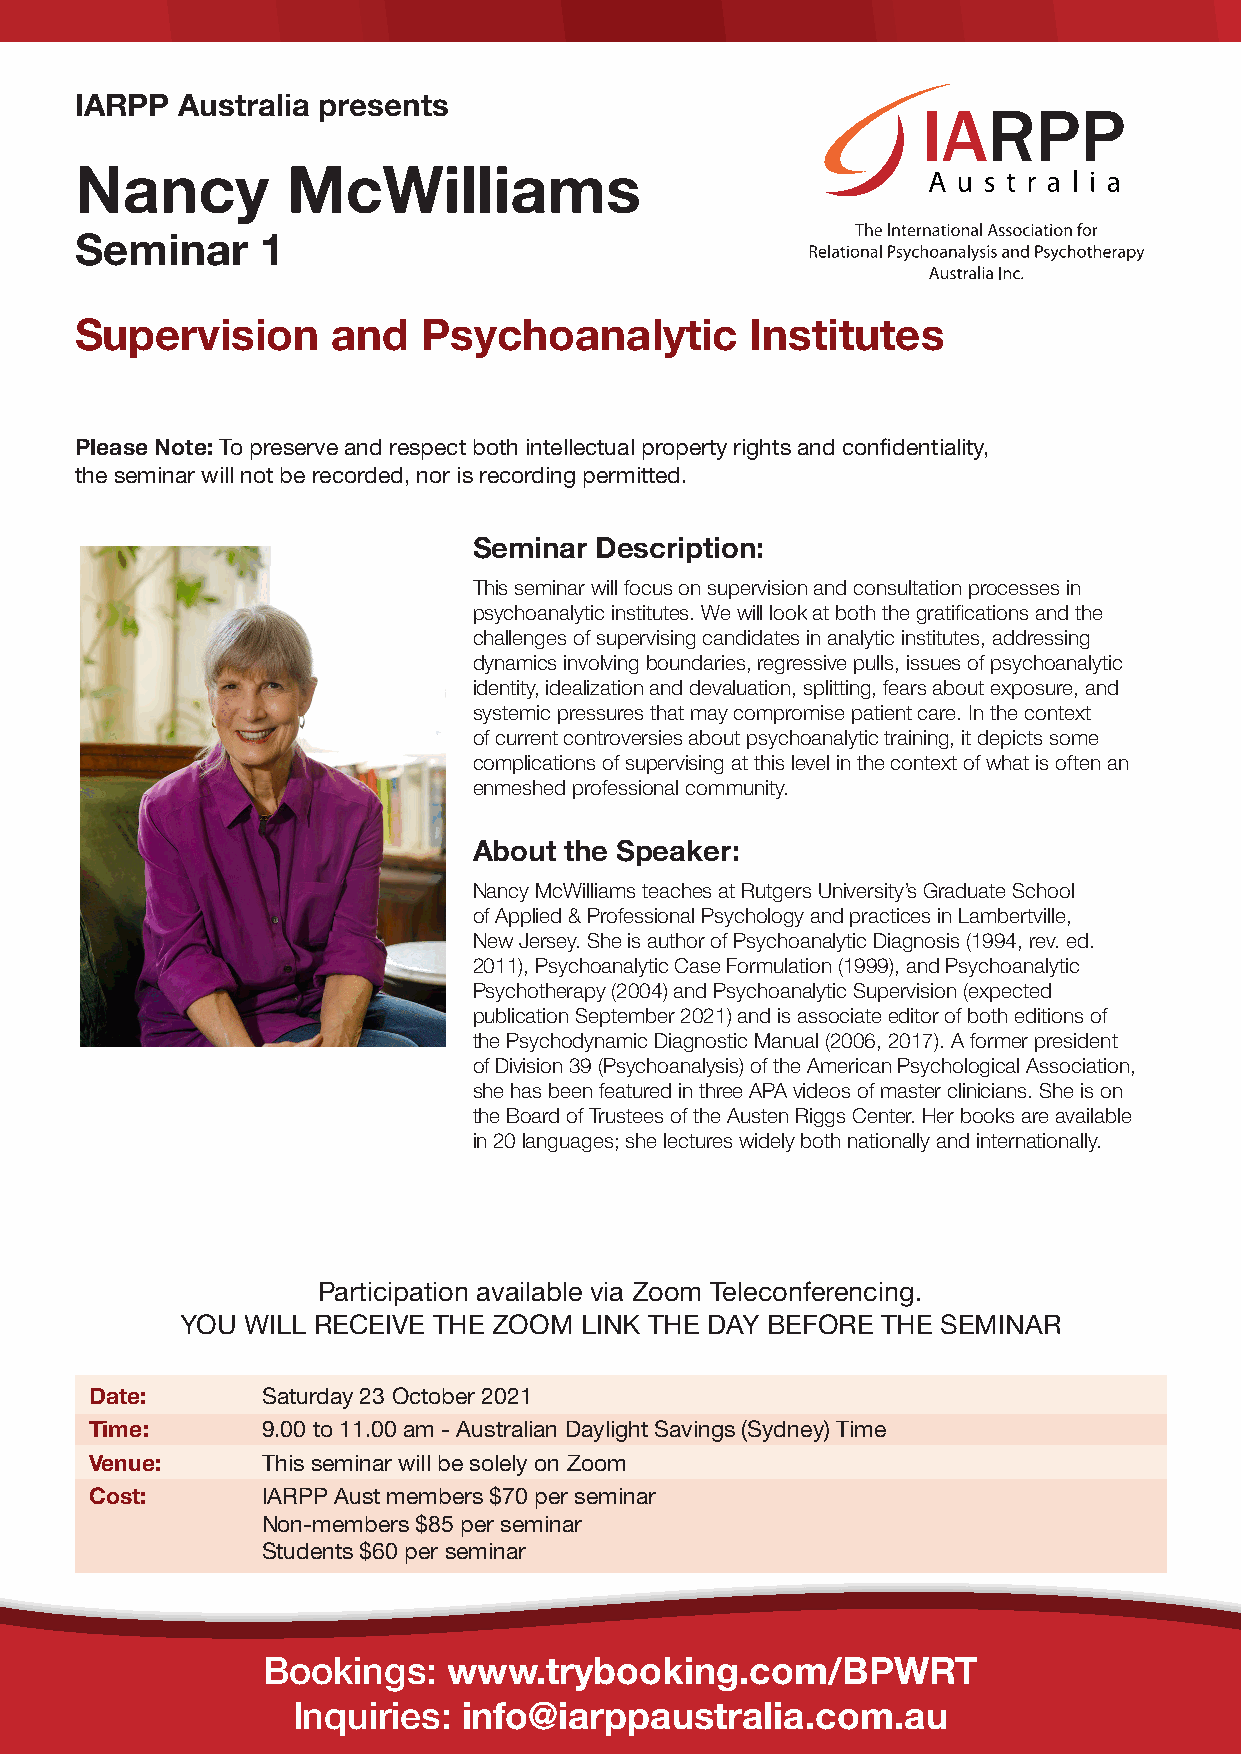
IARPP  Australia presents
 Nancy         McWilliams
 Seminar     1
 Supervision      and   Psychoanalytic        Institutes
 Please Note: To preserve and respect both intellectual property rights and confidentiality,
 the seminar will not be recorded, nor is recording permitted.
 Seminar Description:
 This seminar will focus on supervision and consultation processes in
 psychoanalytic institutes. We will look at both the gratifications and the
 challenges of supervising candidates in analytic institutes, addressing
 dynamics involving boundaries, regressive pulls, issues of psychoanalytic
 identity, idealization and devaluation, splitting, fears about exposure, and
 systemic pressures that may compromise patient care. In the context
 of current controversies about psychoanalytic training, it depicts some
 complications of supervising at this level in the context of what is often an
 enmeshed professional community.
 About the Speaker:
 Nancy McWilliams teaches at Rutgers University’s Graduate School
 of Applied & Professional Psychology and practices in Lambertville,
 New Jersey. She is author of Psychoanalytic Diagnosis (1994, rev. ed.
 2011), Psychoanalytic Case Formulation (1999), and Psychoanalytic
 Psychotherapy (2004) and Psychoanalytic Supervision (expected
 publication September 2021) and is associate editor of both editions of
 the Psychodynamic Diagnostic Manual (2006, 2017). A former president
 of Division 39 (Psychoanalysis) of the American Psychological Association,
 she has been featured in three APA videos of master clinicians. She is on
 the Board of Trustees of the Austen Riggs Center. Her books are available
 in 20 languages; she lectures widely both nationally and internationally.
 Participation available via Zoom Teleconferencing.
 YOU WILL RECEIVE THE ZOOM LINK THE DAY BEFORE THE SEMINAR
 Date:      Saturday 23 October 2021
 Time:      9.00 to 11.00 am - Australian Daylight Savings (Sydney) Time
 Venue:     This seminar will be solely on Zoom
 Cost:      IARPP Aust members $70 per seminar
 Non-members $85 per seminar
 Students $60 per seminar
 Bookings:    www.trybooking.com/BPWRT
 Inquiries:  info@iarppaustralia.com.au